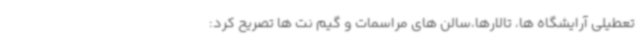
تعطیلی آرایشگاه ها، تالارها،سالن های مراسمات و گیم نت ها تصریح کرد: